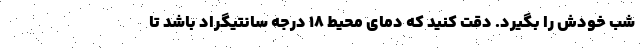
شب خودش را بگیرد. دقت کنید که دمای محیط 18 درجه سانتیگراد باشد تا